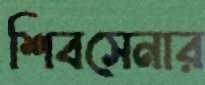
শিবসেনার